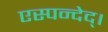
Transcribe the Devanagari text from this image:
एस्पन्देद्।